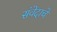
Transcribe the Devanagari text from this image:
संवेदाचे